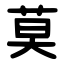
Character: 莫